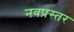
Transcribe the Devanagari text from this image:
नवप्रस्तर